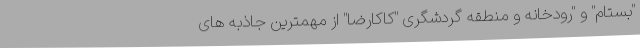
"بستام" و "رودخانه و منطقه گردشگری "کاکارضا" از مهمترین جاذبه های